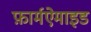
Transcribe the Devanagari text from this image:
फ़ार्मऐमाइड